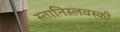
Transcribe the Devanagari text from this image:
स्तानिस्लवस्की